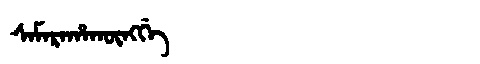
Manchu: ᠰᠠᠮᠠᡵᠠᡥᠠᡴᡡᠩᡤᡝ
Romanization: SAMARAHAKŪNGGE